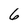
Character: 6